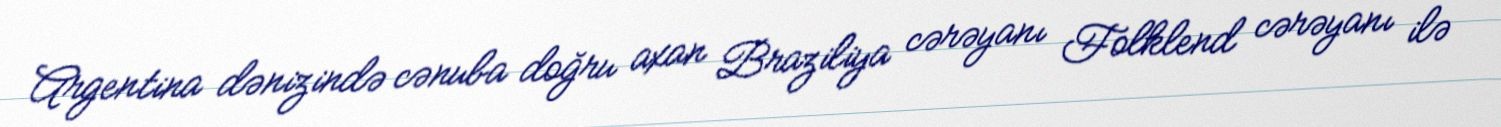
Argentina dənizində cənuba doğru axan Braziliya cərəyanı Folklend cərəyanı ilə